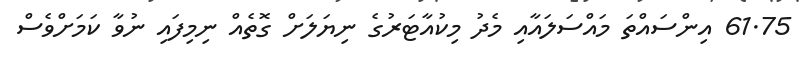
61.75 އިންސައްތަ މައްސަލައާއި މެދު މިކުއާޓަރުގެ ނިޔަލަށް ގޮތެއް ނިމިފައި ނުވާ ކަަމަށްވެސް